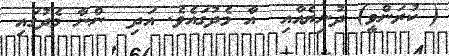
( ކުރަންވީ) ދުނިޔެއާއި  އާ މެދުގައެވެ. އަދި  ންނާ މެދުގައި